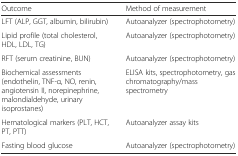
| Outcome | Method of measurement |
 | --- | --- |
 | LFT (ALP, GGT, albumin, bilirubin) | Autoanalyzer (spectrophotometry) |
 | Lipid profile (total cholesterol, HDL, LDL, TG) | Autoanalyzer (spectrophotometry) |
 | RFT (serum creatinine, BUN) | Autoanalyzer (spectrophotometry) |
 | Biochemical assessments(endothelin, TNF-α, NO, renin, angiotensin II, norepinephrine, malondialdehyde, urinary isoprostanes) | ELISA kits, spectrophotometry, gas chromatography/mass spectrometry |
 | Hematological markers (PLT, HCT, PT, PTT) | Autoanalyzer assay kits |
 | Fasting blood glucose | Autoanalyzer (spectrophotometry) |